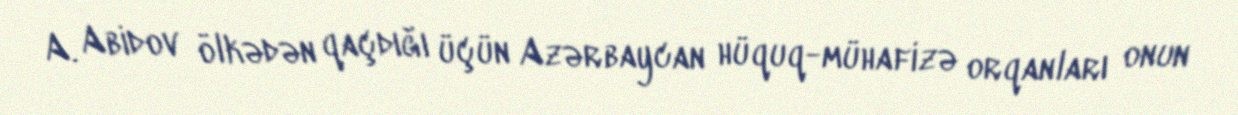
A. Abidov ölkədən qaçdığı üçün Azərbaycan hüquq-mühafizə orqanları onun